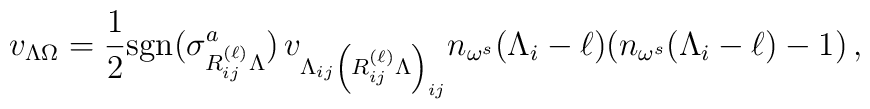
v_{\Lambda \Omega}= \frac{1}{2}{\rm{sgn}}(\sigma_{R_{ij}^{(\ell)}\Lambda}^a) \, v_{\Lambda_{ij} \left(R_{ij}^{(\ell)}\Lambda \right)_{ij}} n_{\omega^s}(\Lambda_i-\ell)\bigl(n_{\omega^s}(\Lambda_i-\ell)-1 \bigr) \, ,